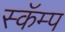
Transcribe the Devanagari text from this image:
स्कॅम्प